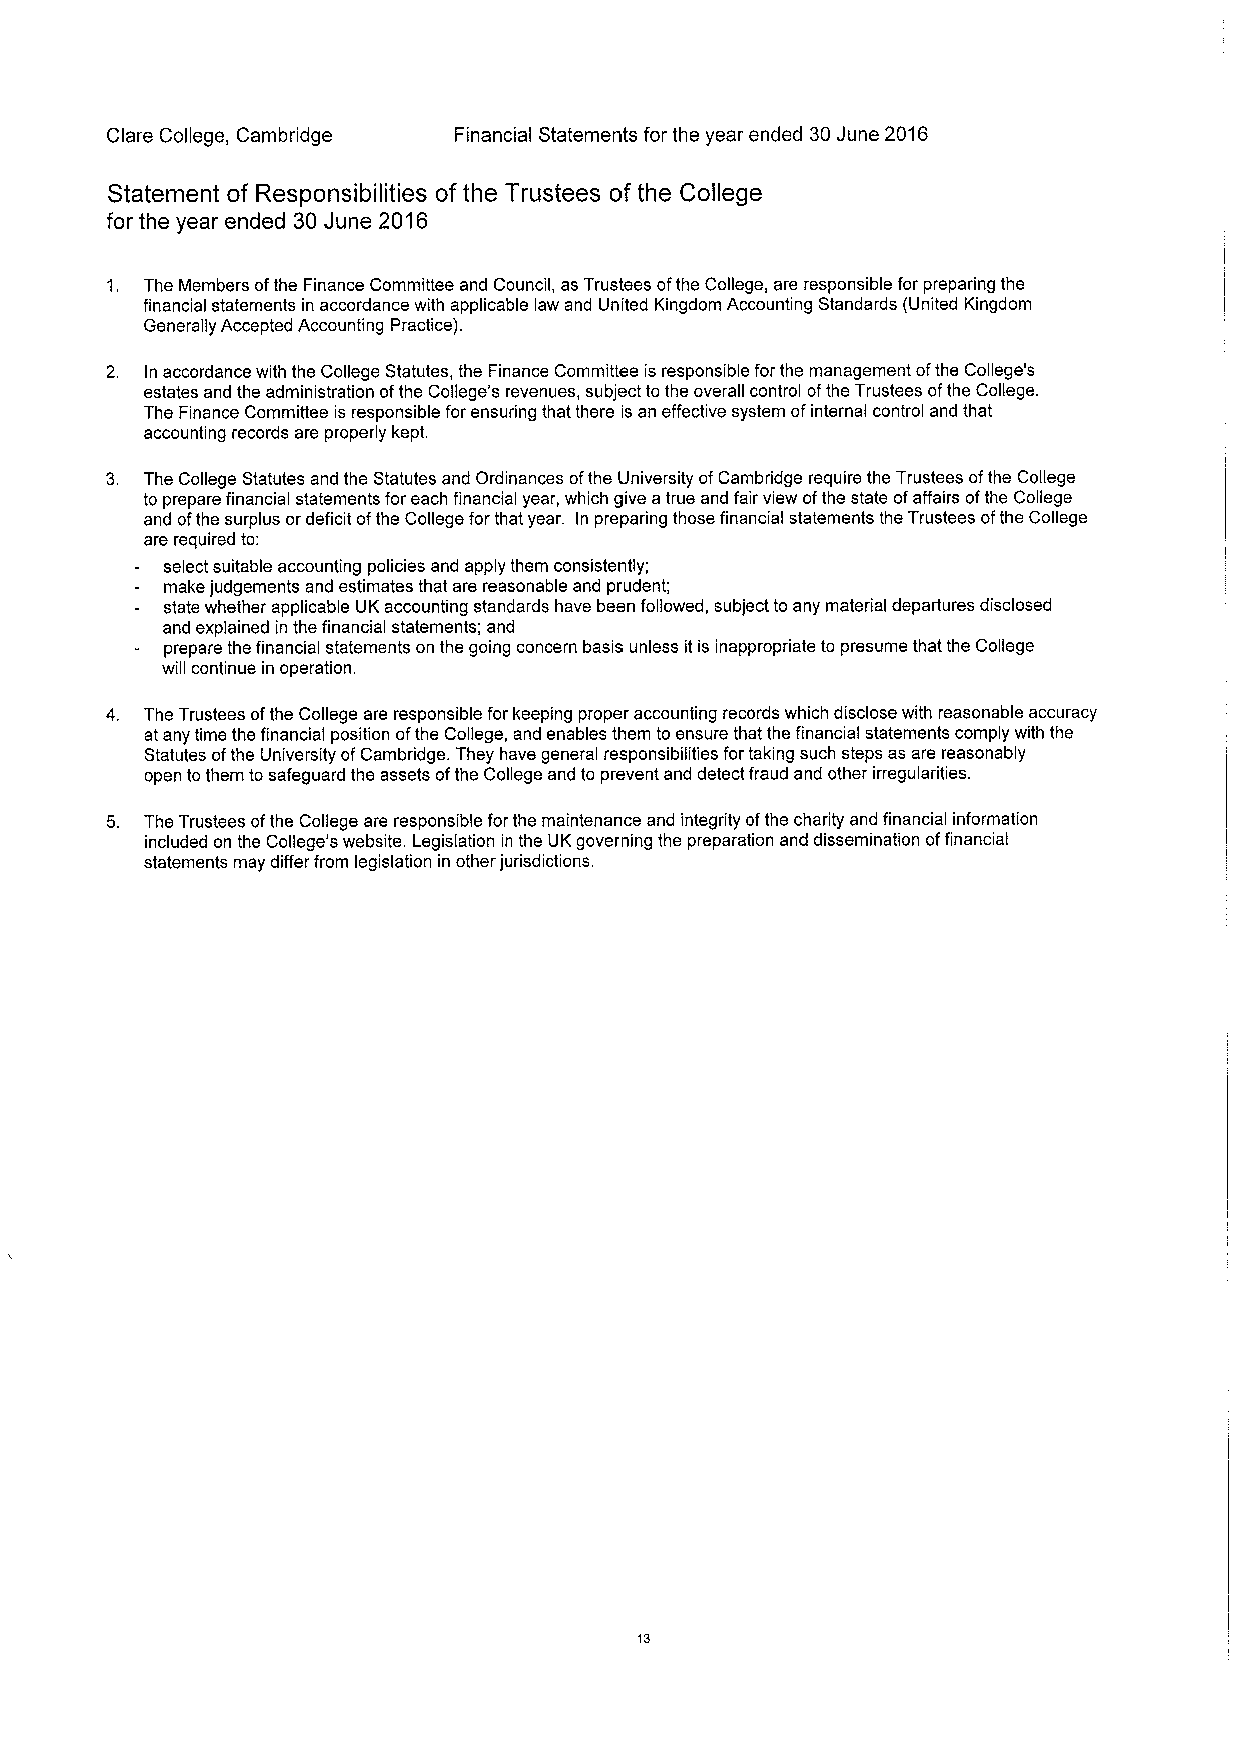
Clare College, Cambridge Financial Statements for the year ended 30June 2016
 Statement of Responsibilities of the Trustees of the College
 for the year ended 30 June 2016
 1. The Members ofthe Finance Committee and Council, as Trustees ofthe College, are responsible for preparing the
 financial statements in accordance with applicable law and United Kingdom Accounting Standards (United Kingdom
 Generally Accepted Accounting Practice).
 2. In accordance with the College Statutes, the Finance Committee is responsible for the management ofthe College's
 estates and the administration ofthe College's revenues, subject to the overall control ofthe Trustees ofthe College.
 The Finance Committee is responsible for ensuring that there is an effective system ofinternal control and that
 accounting records are properly kept.
 3. The College Statutes and the Statutes and Ordinances ofthe University ofCambridge require the Trustees ofthe College
 to prepare financial statements for each financial year, which give atrue and fair view ofthe state ofaffairs ofthe College
 and ofthe surplus or deficit ofthe College for that year. In preparing those financial statements the Trustees ofthe College
 are required to:
 select suitable accounting policies and apply them consistently;
 make judgements and estimates that are reasonable and prudent;
 state whether applicable UK accounting standards have been followed, subject to any material departures disclosed
 and explained in the financial statements; and
 prepare the financial statements on the going concern basis unless it is inappropriate to presume that the College
 will continue in operation.
 4. The Trustees ofthe College are responsible for keeping proper accounting records which disclose with reasonable accuracy
 at any time the financial position ofthe College, and enables them to ensure that the financial statements comply with the
 Statutes ofthe University ofCambridge. They have general responsibilities fortaking such steps as are reasonably
 open tothem to safeguard the assets ofthe College and to prevent and detect fraud and other irregularities.
 5. The Trustees ofthe College are responsible forthe maintenance and integrity ofthe charity and financial information
 included on the College's website. Legislation in the UKgoverning the preparation and dissemination offinancial
 statements may differ from legislation in other jurisdictions.